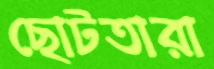
ছোটতারা